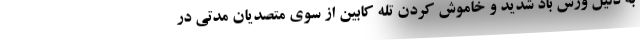
به دلیل وزش باد شدید و خاموش کردن تله کابین از سوی متصدیان مدتی در